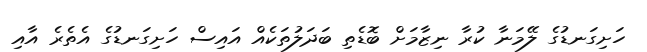
ހަށިގަނޑުގެ ލޭމަނާ ކުރާ ނިޒާމަށް ބޮޑެތި ބަދަލުތަކެއް އައިސް ހަށިގަނޑުގެ އެތެރެ އާއި